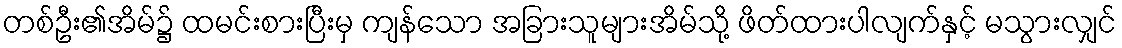
တစ်ဦး၏အိမ်၌ ထမင်းစားပြီးမှ ကျန်သော အခြားသူများအိမ်သို့ ဖိတ်ထားပါလျက်နှင့် မသွားလျှင်